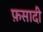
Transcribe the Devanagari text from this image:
फ़सादी